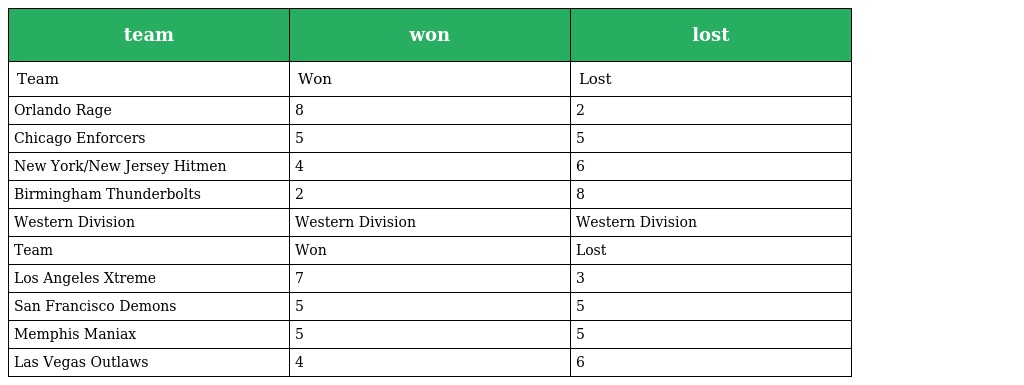
| team | won | lost |
 | --- | --- | --- |
 | Team | Won | Lost |
 | Orlando Rage | 8 | 2 |
 | Chicago Enforcers | 5 | 5 |
 | New York/New Jersey Hitmen | 4 | 6 |
 | Birmingham Thunderbolts | 2 | 8 |
 | Western Division | Western Division | Western Division |
 | Team | Won | Lost |
 | Los Angeles Xtreme | 7 | 3 |
 | San Francisco Demons | 5 | 5 |
 | Memphis Maniax | 5 | 5 |
 | Las Vegas Outlaws | 4 | 6 |